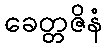
ခေတ္တဇိနံ